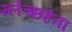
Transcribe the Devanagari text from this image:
म्लेच्छहंता